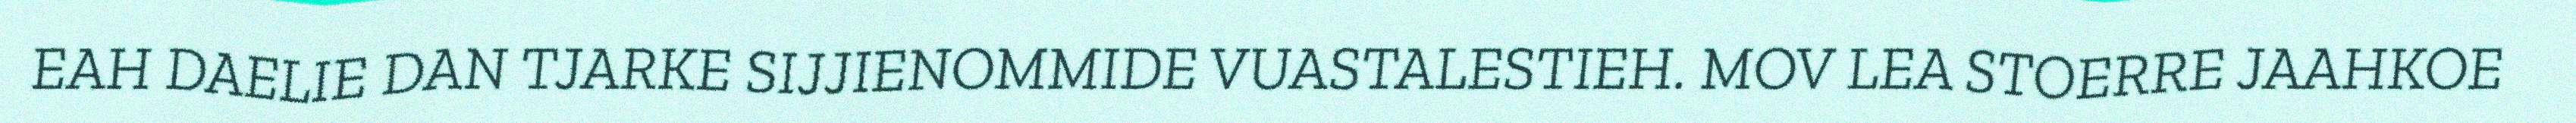
EAH DAELIE DAN TJARKE SIJJIENOMMIDE VUASTALESTIEH. MOV LEA STOERRE JAAHKOE